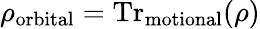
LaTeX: \rho_{\mathrm{orbital}}=\mathrm{Tr}_{\mathrm{motional}}(\rho)